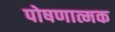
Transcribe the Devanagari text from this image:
पोषणात्मक